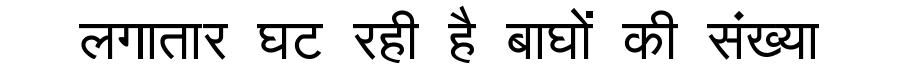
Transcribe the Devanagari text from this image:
लगातार घट रही है बाघों की संख्या